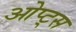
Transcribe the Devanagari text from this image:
ओप्ट्स